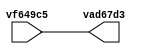
// Code generated by Icestudio 0.2.3-dev
// Thu, 17 Nov 2016 21:26:32 GMT

`default_nettype none

module main (input vf649c5,
             output vad67d3);
 wire w0;
 assign vad67d3 = w0;
 assign w0 = vf649c5;
 
endmodule